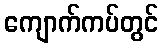
ကျောက်ကပ်တွင်